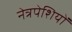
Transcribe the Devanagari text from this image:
नेत्रपेशियों